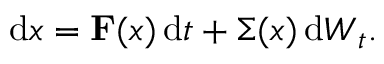
\mathrm { d } \boldsymbol { x } = \mathbf { F } ( \boldsymbol { x } ) \, \mathrm { d } t + \boldsymbol { \Sigma } ( \boldsymbol { x } ) \, \mathrm { d } { \boldsymbol { W } _ { t } } .